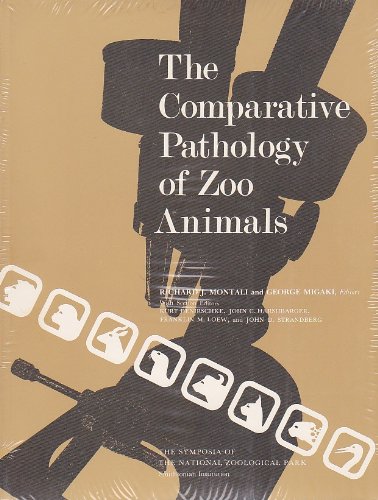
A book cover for The Comparative Pathology of Zoo Animals. (The Symposia of the National Zoological Park); Richard J. Montali; Medical Books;